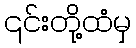
၎င်းတို့ထံမှ